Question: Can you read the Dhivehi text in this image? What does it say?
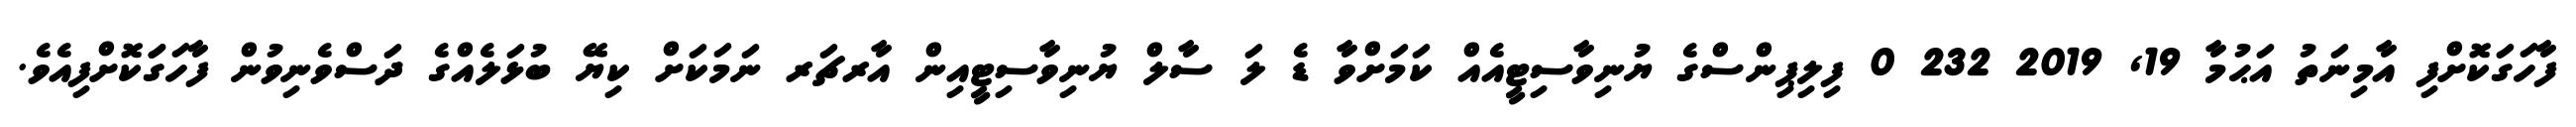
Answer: ފާހަގަކޮށްފި އާމިނަތު އަޙުމާ 19, 2019 232 0 ފިލިޕިންސްގެ ޔުނިވާސިޓީއެއް ކަމަށްވާ ޑެ ލަ ސާލް ޔުނިވާސިޓީއިން އާރޗަރ ނަމަކަށް ކިޔޭ ބުޅަލެއްގެ ދަސްވެނިވުން ފާހަގަަކޮށްފިއެވެ.